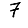
Digit: 7